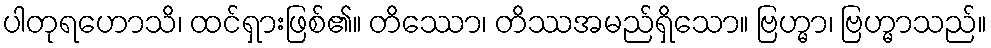
ပါတုရဟောသိ၊ ထင်ရှားဖြစ်၏။ တိဿော၊ တိဿအမည်ရှိသော။ ဗြဟ္မာ၊ ဗြဟ္မာသည်။